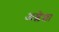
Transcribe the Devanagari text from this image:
अश्लेशा